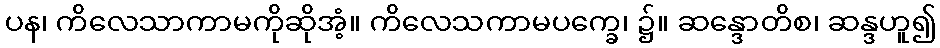
ပန၊ ကိလေသာကာမကိုဆိုအံ့။ ကိလေသကာမပက္ခေ၊ ၌။ ဆန္ဒောတိစ၊ ဆန္ဒဟူ၍